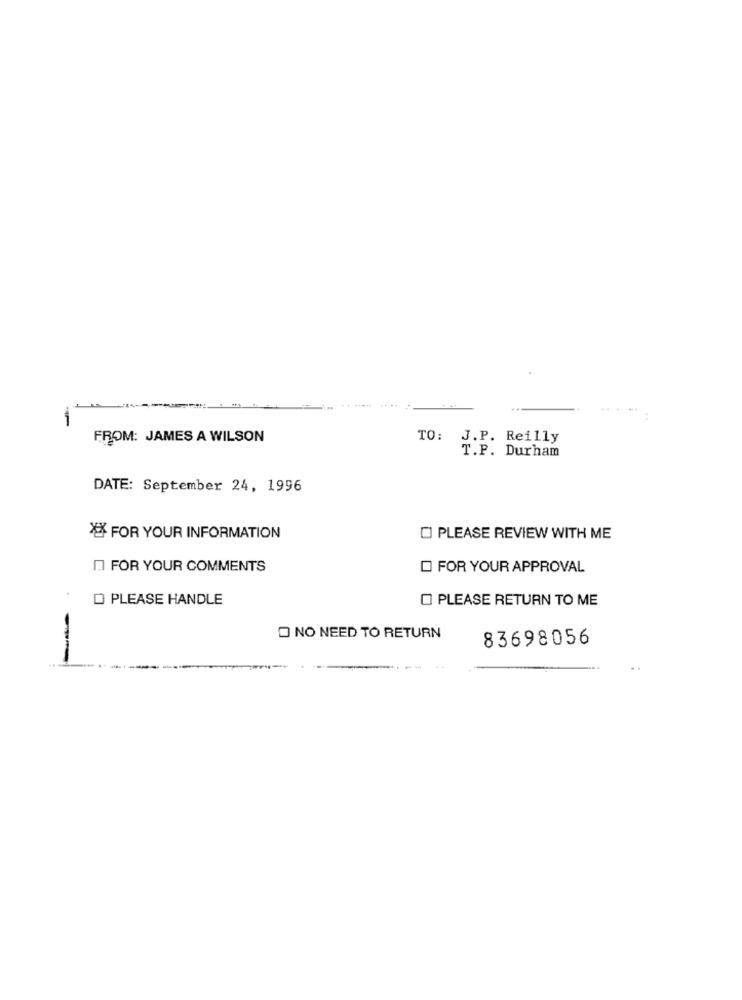
-
FROM: JAMES A WILSON
TO: J.P. Reilly
T.P. Durham
DATE: September 24, 1996
FOR YOUR INFORMATION
O PLEASE REVIEW WITH ME
FOR YOUR COMMENTS
FOR YOUR APPROVAL
O PLEASE HANDLE
O PLEASE RETURN TO ME
O NO NEED TO RETURN
83698056